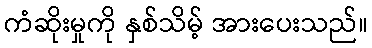
ကံဆိုးမှုကို နှစ်သိမ့် အားပေးသည်။